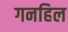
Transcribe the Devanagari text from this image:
गनहिल